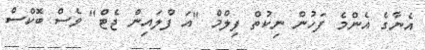
އެނާގެ އެންމެ ފަހުން ނިކުތް ފިލްމް "އަ ފްލައިން ޖެޓް" ވެސް ބޮކްސް